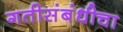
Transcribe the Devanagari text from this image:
गतीसंबंधीचा